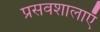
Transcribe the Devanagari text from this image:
प्रसवशालाएँ